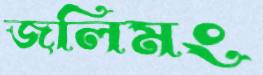
জলিমং